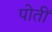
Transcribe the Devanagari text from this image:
पोतीं